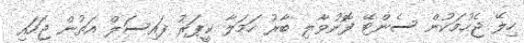
ހިލޭ ޖެހުމަކުން ސެންޓޭ ފޮނުވާލި ބާރު ހަމަލާ ކީޕަރު ފައިސަލް އަތުން ޖަހައި